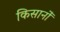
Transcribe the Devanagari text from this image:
किसानोँ